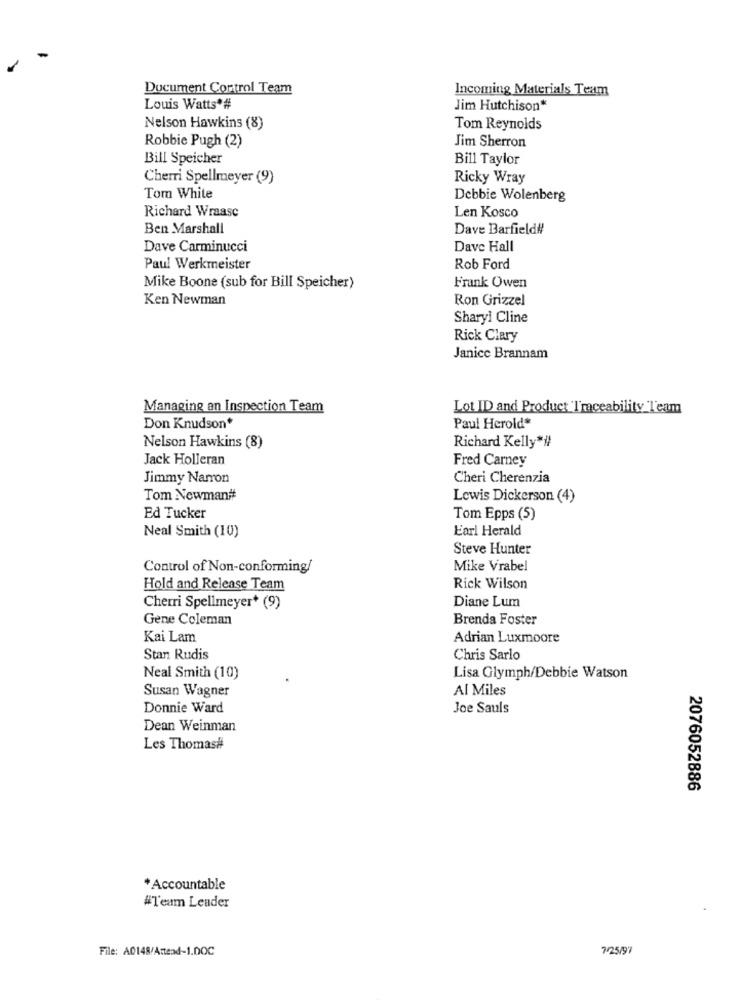
Document Control Team
Incoming Materials Team
Louis Watts*#
Jim Hutchison*
Nelson Hawkins (8)
Tom Reynolds
Jim Sherron
Robbie Pugh (2)
Bill Speicher
Bill Taylor
Cherri Spellmeyer (9)
Ricky Wray
Tom White
Debbie Wolenberg
Len Kosco
Richard Wraase
Ben Marshall
Dave Barfield#!
Dave Carminucci
Dave Hall
Paul Werkmeister
Rob Ford
Mike Boone (sub for Bill Speicher)
Frank Owen
Ken Newman
Ron Grizzel
Sharyi Cline
Rick Clary
Janice Brannam
Managing an Inspection Team
Lot ID and Product 'I'raceability 'Team
Don Knudson*
Paul Herold*
Richard Kelly"#
Nelson Hawkins (8)
Jack Holleran
Fred Carney
Jimmy Narron
Cheri Cherenzia
Tom Newman#
Lewis Dickerson (4)
Ed Tucker
Tom Epps (5)
Earl Herald
Neal Smith (10)
Steve Hunter
Control of Non-conforming/
Mike Vrabel
Hold and Release Team
Rick Wilson
Diane Lum
Cherri Spellmeyer* (9)
Gene Coleman
Brenda Foster
Kai Lam
Adrian Luxmoore
Stan Rudis
Chris Sarlo
Neal Smith (10)
Lisa Glymph/Debbie Watson
Susan Wagner
Al Miles
Donnie Ward
Joe Sauls
Dean Weinman
Les Thomas#
2076052886
*Accountable
#Team Leader
File: A0148/Attend-1.DOC
7/25/97